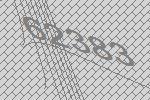
62383